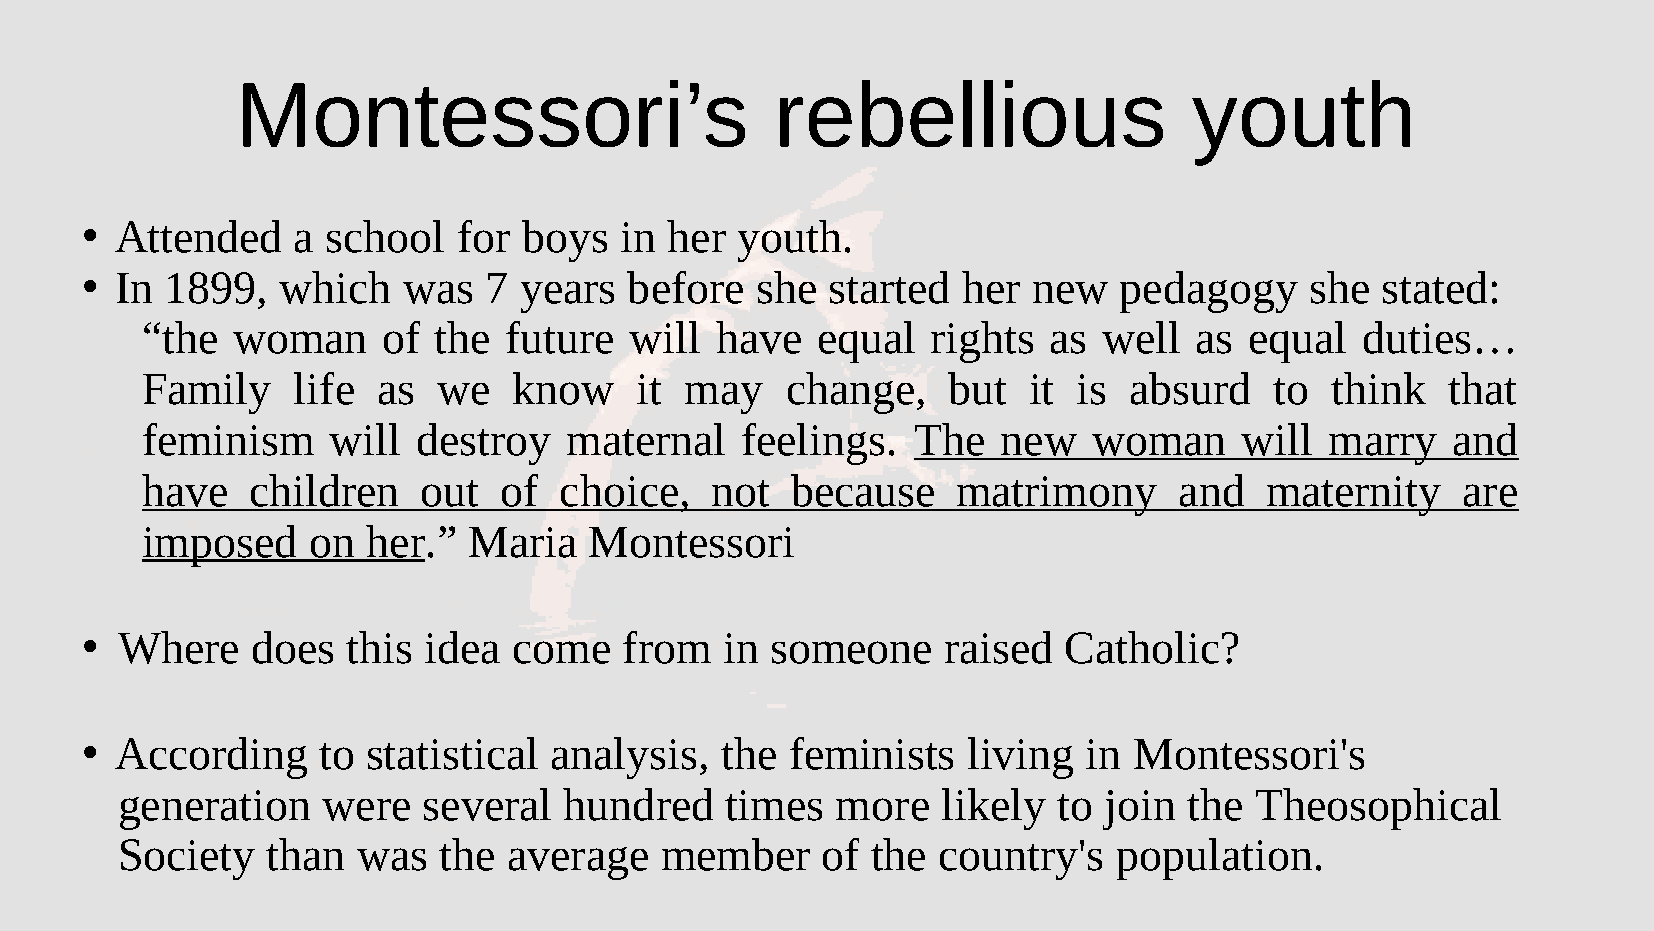
Montessori’s                       rebellious                  youth
 Attended   a  school  for  boys  in her  youth.
 ●
 In 1899,  which    was  7 years   before  she  started  her new   pedagogy     she stated:
 ●
 “the  woman     of  the future   will have   equal   rights  as well  as  equal  duties…
 Family    life  as  we   know    it may    change,    but  it is  absurd   to  think   that
 feminism     will  destroy  maternal    feelings.  The   new   woman     will  marry   and
 have    children   out  of  choice,   not  because    matrimony      and   maternity    are
 imposed    on  her.”  Maria   Montessori
 Where    does  this idea  come   from   in someone     raised Catholic?
 ●
 According    to statistical analysis,   the feminists   living  in Montessori's
 ●
 generation   were   several  hundred    times  more   likely  to join  the Theosophical
 Society   than  was  the  average   member    of  the country's   population.